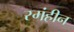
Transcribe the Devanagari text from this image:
रगंहीन